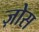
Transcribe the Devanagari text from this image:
ज़ोस